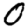
Digit: 0